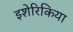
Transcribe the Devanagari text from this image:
इशेरिकिया